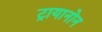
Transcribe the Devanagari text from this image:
ट्रायानोन